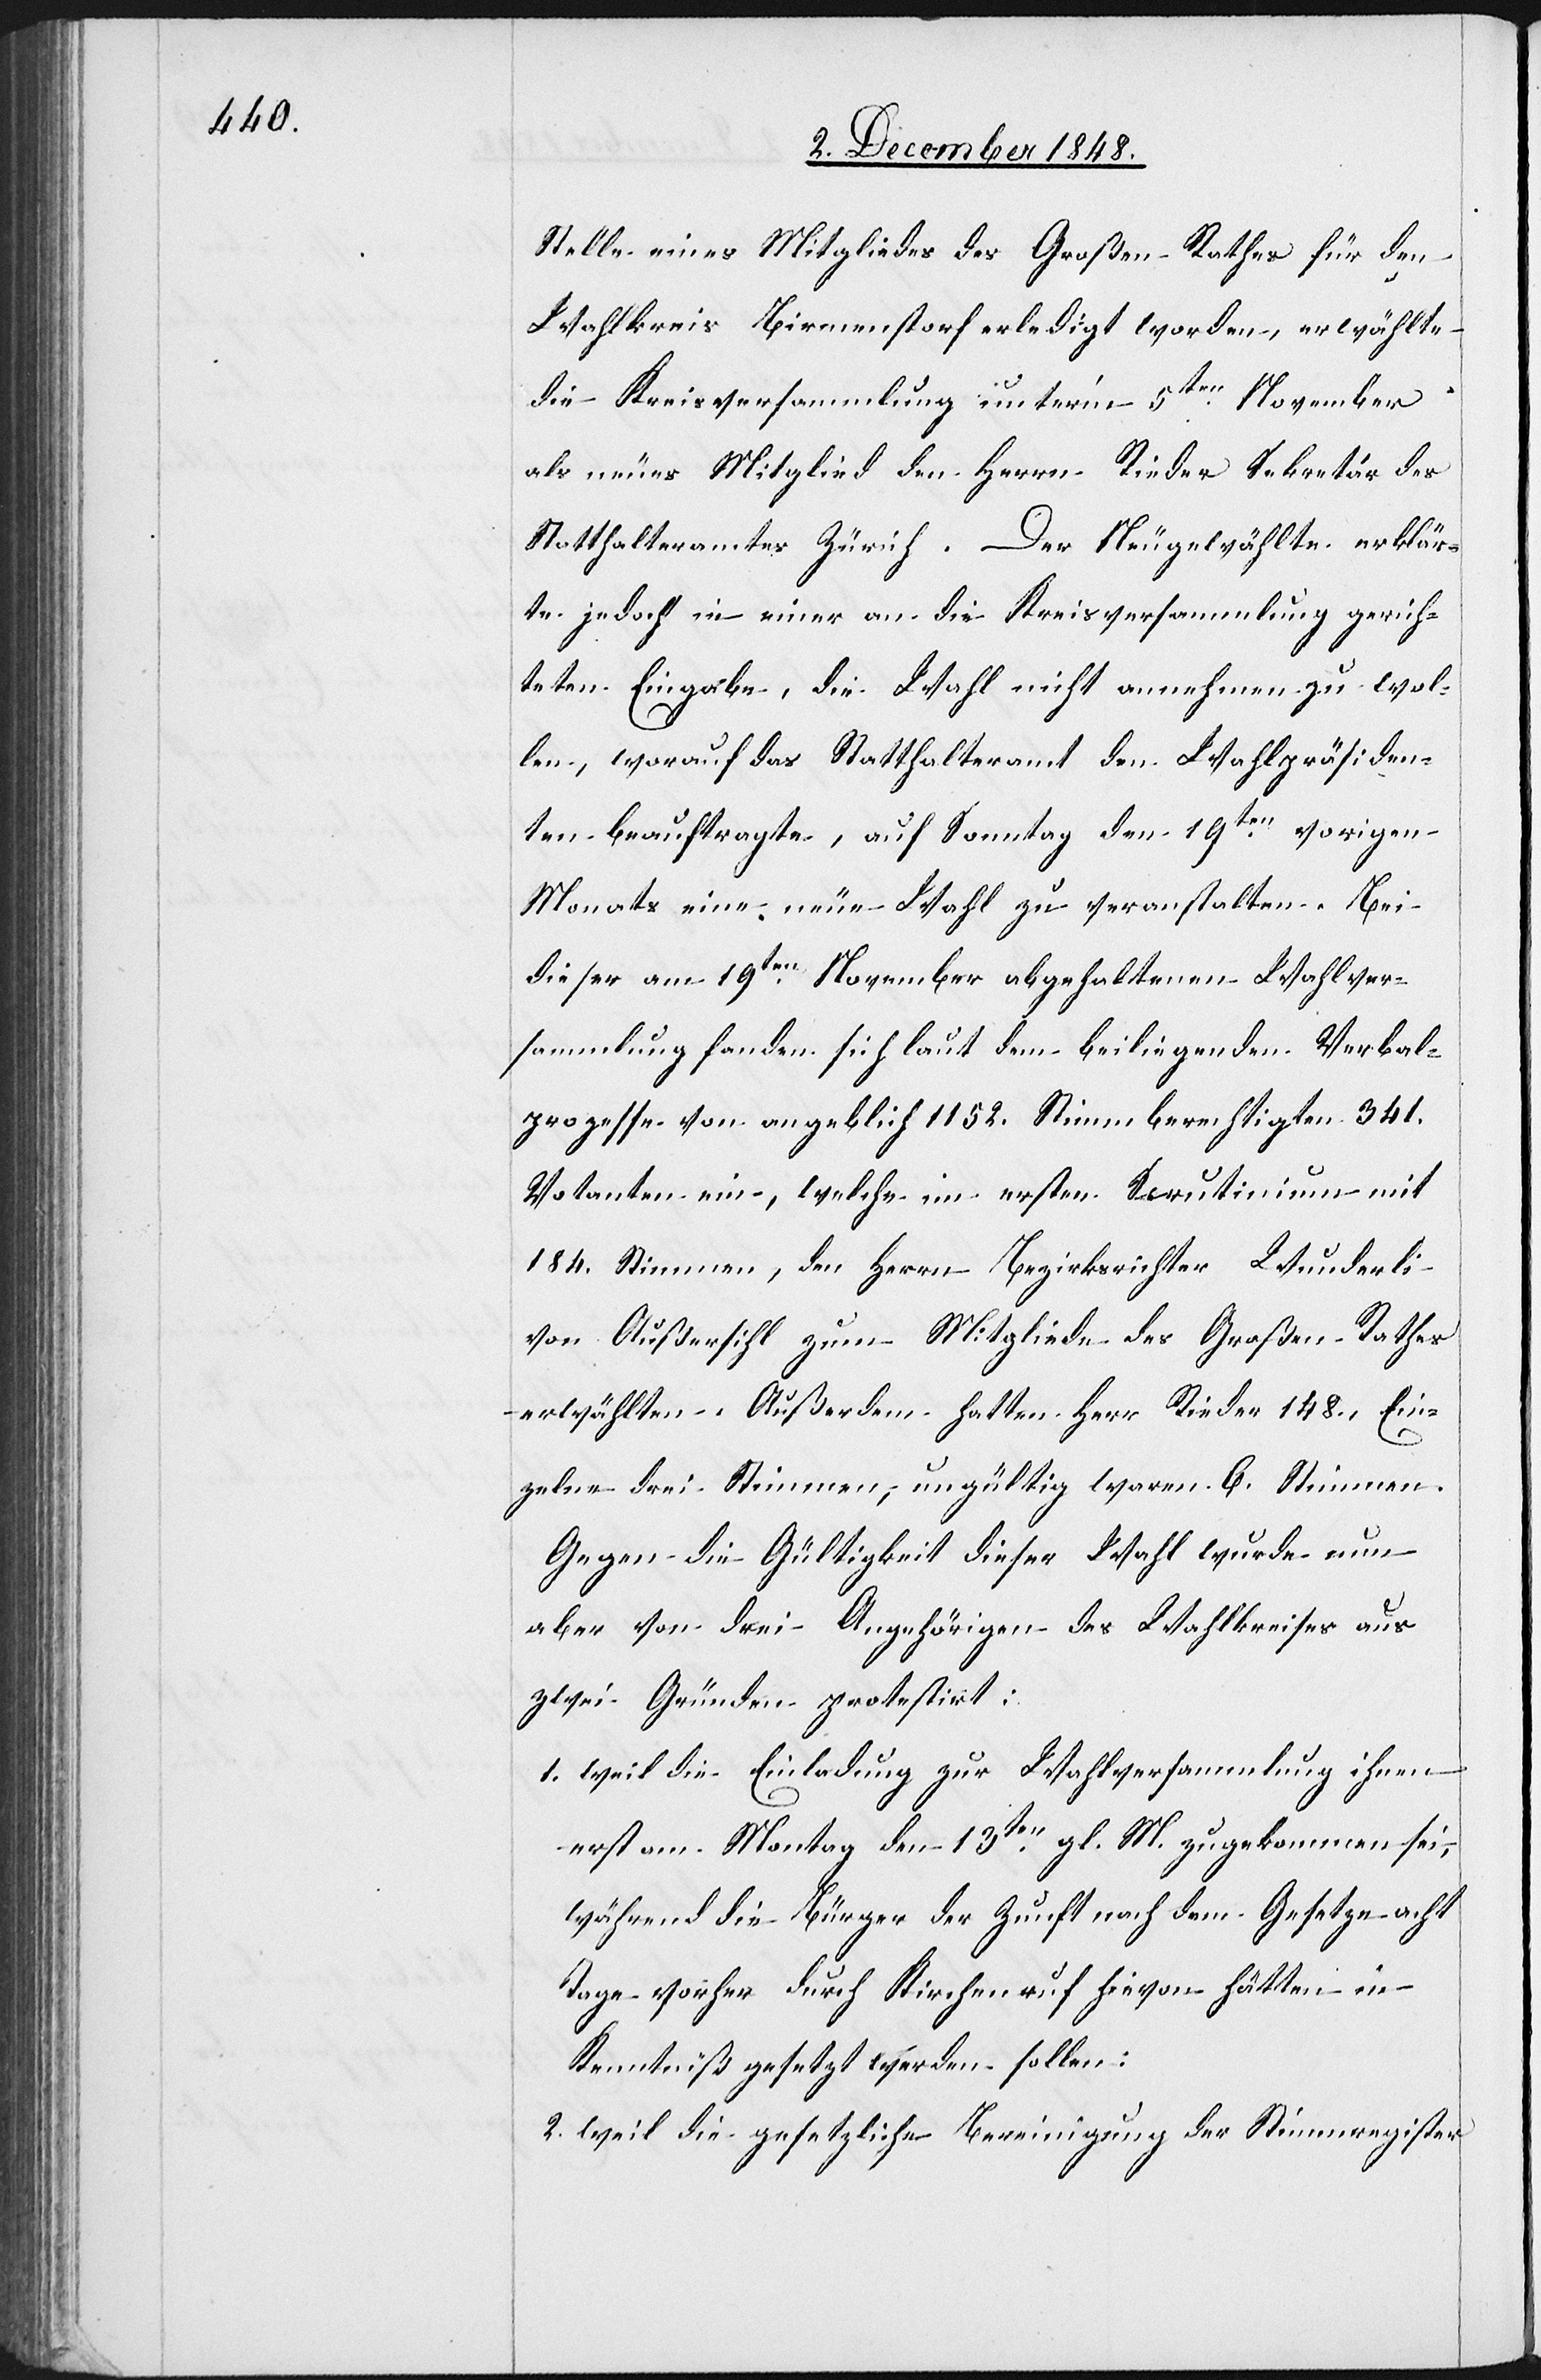
Stelle eines Mitgliedes des Großen Rathes für den
Wahlkreis Birmenstorf erledigt worden, erwählte
die Kreisversammlung unter’m 5ten November
als neues Mitglied den Herrn Rieder Sekretär des
Statthalteramtes Zürich. Der Neugewählte erklär¬
te jedoch in einer an die Kreisversammlung gerich¬
teten Eingabe, die Wahl nicht annehmen zu wol¬
len, worauf das Statthalteramt den Wahlpräsiden¬
ten beauftragte, auf Sonntag den 19ten vorigen
Monats eine neue Wahl zu veranstalten. Bei
dieser am 19ten November abgehaltenen Wahlver¬
sammlung fanden sich laut dem beiliegenden Verbal¬
prozesse von angeblich 1152. Stimmberechtigten 341.
Votanten ein, welche im ersten Scrutinium mit
184. Stimmen, den Herrn Bezirksrichter Wunderli
von Außersihl zum Mitgliede des Großen Rathes
erwählten. Außerdem hatten Herr Rieder 148., Ein¬
zelne drei Stimmen, ungültig waren 6. Stimmen.
Gegen die Gültigkeit dieser Wahl wurde nun
aber von drei Angehörigen des Wahlkreises aus
zwei Gründen protestirt:
1. weil die Einladung zur Wahlversammlung ihnen
erst am Montag den 13ten gl. M. zugekommen sei,
während die Bürger der Zunft nach dem Gesetze acht
Tage vorher durch Kirchenruf hievon hätten in
Kenntniß gesetzt werden sollen;
2. weil die gesetzliche Bereinigung der Stimmregister